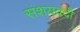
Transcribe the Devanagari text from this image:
संशयवदी